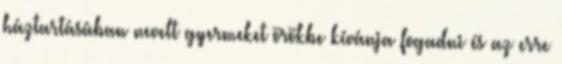
háztartásában nevelt gyermeket örökbe kívánja fogadni és az erre